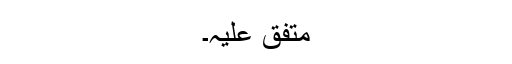
مُتَّفَقٌ عَلَیْہِ۔